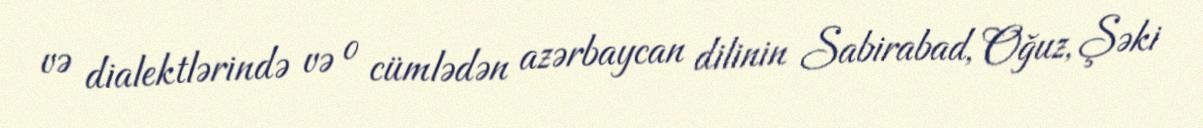
və dialektlərində və o cümlədən azərbaycan dilinin Sabirabad, Oğuz, Şəki